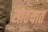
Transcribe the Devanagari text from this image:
साठयात